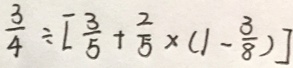
\frac { 3 } { 4 } \div [ \frac { 3 } { 5 } + \frac { 2 } { 5 } \times ( 1 - \frac { 3 } { 8 } ) ]